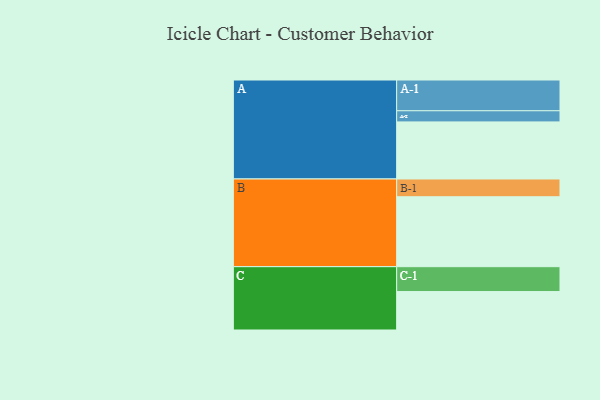
{"axis": {"x": "Segment", "y": "Value"}, "legend": ["", "A", "B", "C"], "data": [{"x": "A", "y": 456, "type": ""}, {"x": "B", "y": 559, "type": ""}, {"x": "C", "y": 307, "type": ""}, {"x": "A-1", "y": 246, "type": "A"}, {"x": "A-2", "y": 89, "type": "A"}, {"x": "B-1", "y": 142, "type": "B"}, {"x": "C-1", "y": 199, "type": "C"}]}